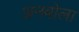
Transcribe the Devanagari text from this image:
अनबोला